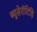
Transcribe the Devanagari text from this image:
ब्यूसेरॉटिड़ि